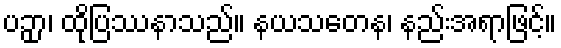
ပဉှာ၊ ထိုပြဿနာသည်။ နယသတေန၊ နည်းအရာဖြင့်။